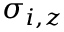
\sigma _ { i , z }